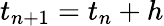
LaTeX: t_{n+1}=t_{n}+h